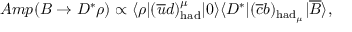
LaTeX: A m p ( B \to D ^ { * } \rho ) \propto \langle \rho | ( \overline { { u } } d ) _ { \mathrm { h a d } } ^ { \mu } | 0 \rangle \langle D ^ { * } | ( \overline { { c } } b ) _ { \mathrm { h a d } _ { \mu } } | \overline { { B } } \rangle ,